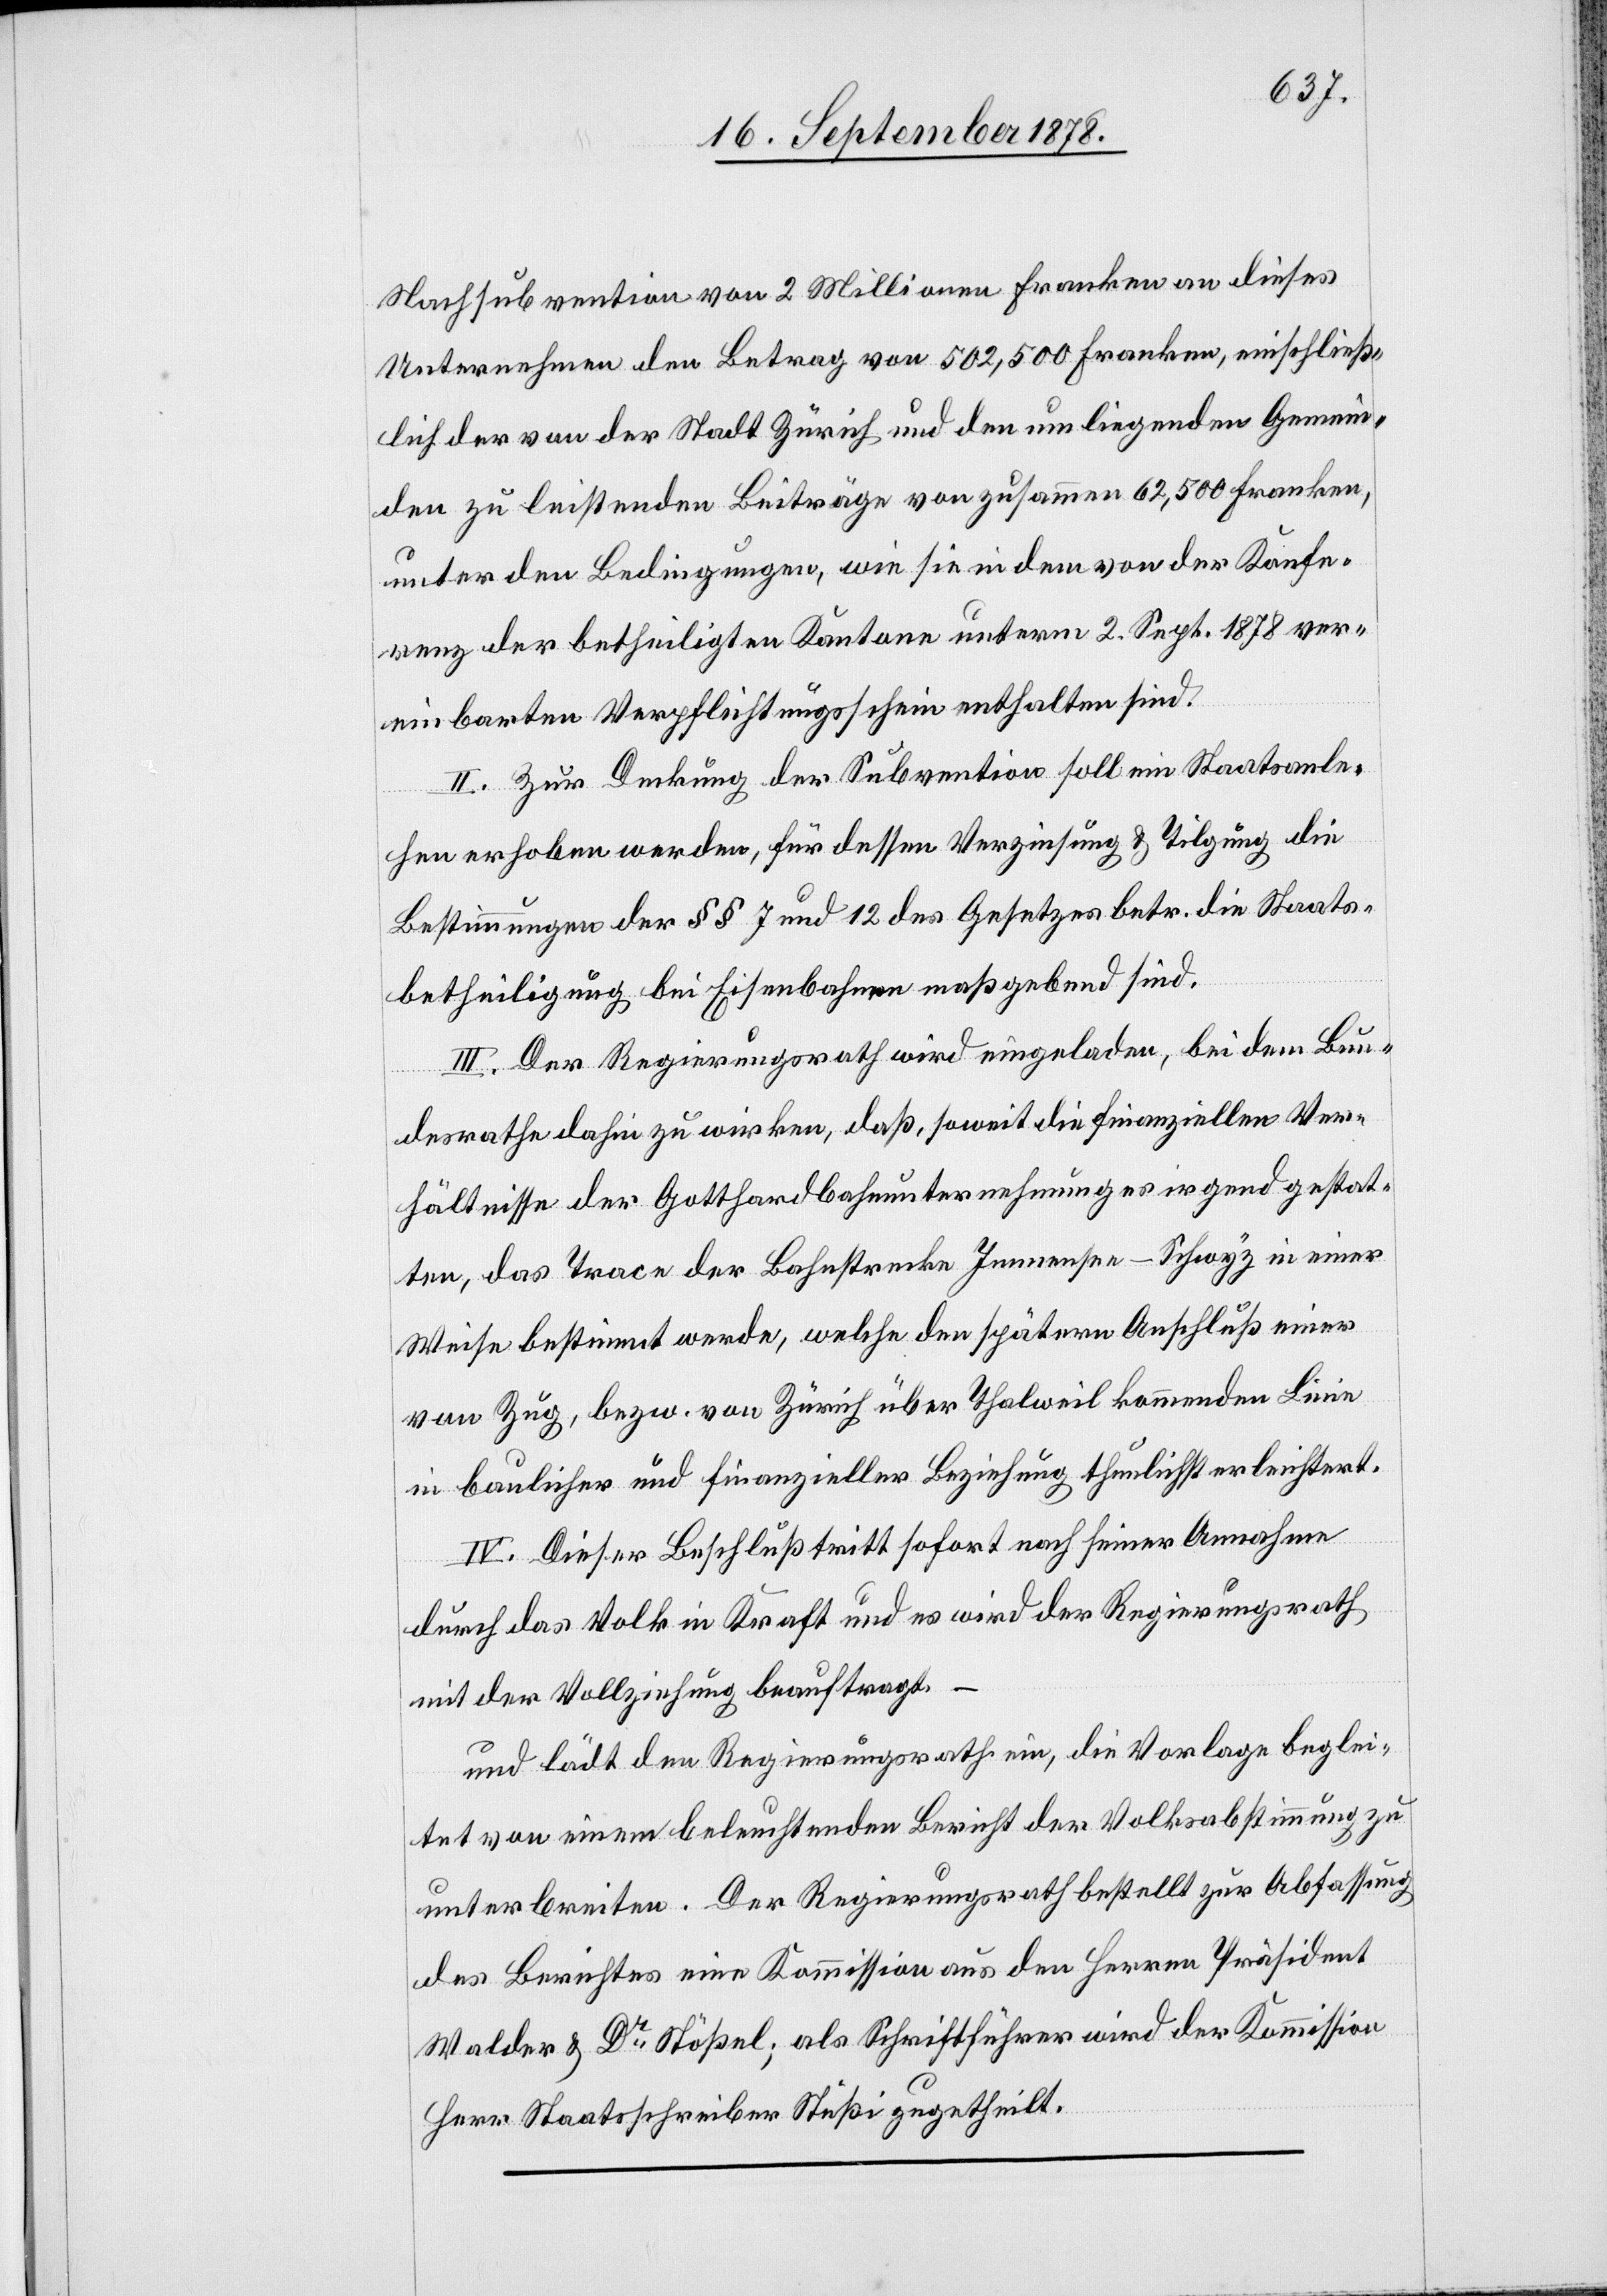
Nachsubvention von 2 Millionen Franken an dieses
Unternehmen den Betrag von 502,500 Franken, einschließ¬
lich der von der Stadt Zürich und den umliegenden Gemein¬
den zu leistenden Beiträge von zusammen 62,500 Franken,
unter den Bedingungen, wie sie in dem von der Konfe¬
renz der betheiligten Kantone unterm 2. Sept. 1878 ver¬
einbarten Verpflichtungsschein enthalten sind.
II. Zur Deckung der Subvention soll ein Staatsanle¬
hen erhoben werden, für dessen Verzinsung & Tilgung die
Bestimmungen der §§ 7 und 12 des Gesetzes betr. die Staats¬
betheiligung bei Eisenbahnen maßgebend sind.
III. Der Regierungsrath wird eingeladen, bei dem Bun¬
desrathe dahin zu wirken, daß, soweit die finanziellen Ver¬
hältnisse der Gotthardbahnunternehmung es irgend gestat¬
ten, das Trace der Bahnstrecke Innernsee–Schwyz in einer
Weise bestimmt werde, welche den spätern Anschluß einer
von Zug, bezw. von Zürich über Thalweil kommenden Linie
in baulicher und finanzieller Beziehung thunlichst erleichtert.
IV. Dieser Beschluß tritt sofort nach seiner Annahme
durch das Volk in Kraft und es wird der Regierungsrath
mit der Vollziehung beauftragt.
und lädt den Regierungsrath ein, die Vorlage beglei¬
tet von einem beleuchtenden Bericht der Volksabstimmung zu
unterbreiten. Der Regierungsrath bestellt zur Abfassung
des Berichtes eine Kommission aus den Herren Präsident
Walder & Dr Stößel; als Schriftführer wird der Kommission
Herr Staatsschreiber Stüßi zugetheilt.